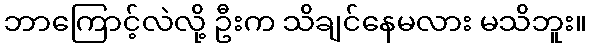
ဘာကြောင့်လဲလို့ ဦးက သိချင်နေမလား မသိဘူး။